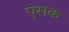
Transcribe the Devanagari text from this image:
एसक